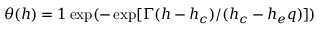
\theta ( h ) = 1 \exp ( - \exp [ \Gamma ( h - h _ { c } ) / ( h _ { c } - h _ { e } q ) ] )